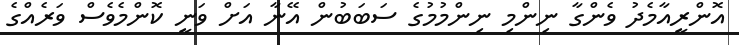
އޮންރީއާމެދު ވެންގާ ނިންމި ނިންމުމުގެ ސަބަބުން އޭނާ އަށް ވަނީ ކޮންމެވެސް ވަރެއްގެ